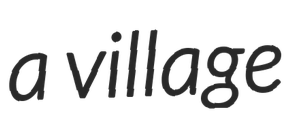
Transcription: a village